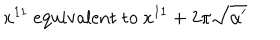
x ^ { 1 1 } \mathrm { ~ e q u i v a l e n t ~ t o ~ } x ^ { 1 1 } + 2 \pi \sqrt { \alpha ^ { \prime } }